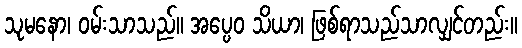
သုမနော၊ ဝမ်းသာသည်။ အပ္ပေဝ သိယာ၊ ဖြစ်ရာသည်သာလျှင်တည်း။